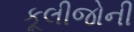
કૂલીજોની